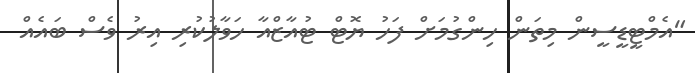
"އެމްޓީޑީސީން މިތަން ހިންގުމަށް ފަހު ޔޮޓް ޓުއާޒްއާ ހަވާލުކުރި އިރު ވެސް ބައެއް